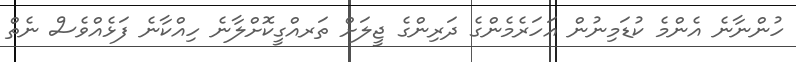
ހުންނާނެ އެންމެ ކުޑަމިނުން އަހަރެމެންގެ ދަރިންގެ ޖީލަށް ތަރއްގީކޮށްލާނެ ހިއްކާނެ ފަޅެއްވެސް ނެތް